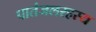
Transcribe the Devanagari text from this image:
पातंजलरहस्य